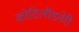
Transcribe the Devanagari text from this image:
कोटिलीडनेरी